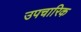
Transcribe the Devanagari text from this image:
उपचारिक